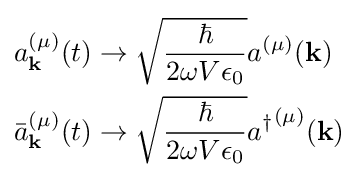
{\begin{aligned}a_{\mathbf {k} }^{(\mu )}(t)&\to {\sqrt {\frac {\hbar }{2\omega V\epsilon _{0}}}}a^{(\mu )}(\mathbf {k} )\\{\bar {a}}_{\mathbf {k} }^{(\mu )}(t)&\to {\sqrt {\frac {\hbar }{2\omega V\epsilon _{0}}}}{a^{\dagger }}^{(\mu )}(\mathbf {k} )\\\end{aligned}}